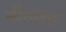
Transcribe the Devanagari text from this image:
नीडलर्स